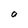
Character: o